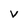
Character: v